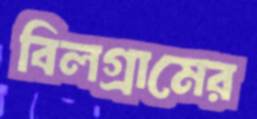
বিলগ্রামের